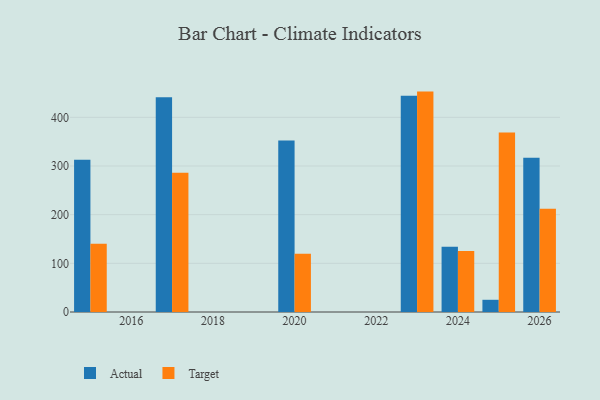
{"axis": {"x": "Year", "y": "Customer Acquisition Cost (USD)"}, "legend": ["Actual", "Target"], "data": [{"x": "2017", "y": 441.1, "type": "Actual"}, {"x": "2017", "y": 286.0, "type": "Target"}, {"x": "2026", "y": 316.9, "type": "Actual"}, {"x": "2026", "y": 212.3, "type": "Target"}, {"x": "2024", "y": 134.3, "type": "Actual"}, {"x": "2024", "y": 125.4, "type": "Target"}, {"x": "2023", "y": 444.3, "type": "Actual"}, {"x": "2023", "y": 452.9, "type": "Target"}, {"x": "2015", "y": 313.0, "type": "Actual"}, {"x": "2015", "y": 140.3, "type": "Target"}, {"x": "2020", "y": 352.3, "type": "Actual"}, {"x": "2020", "y": 119.7, "type": "Target"}, {"x": "2025", "y": 25.1, "type": "Actual"}, {"x": "2025", "y": 368.9, "type": "Target"}]}